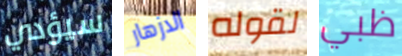
سيؤدي الازهار لقوله ظبي